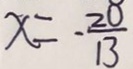
x = - \frac { 2 8 } { 1 3 }